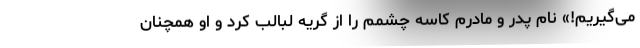
می‌گیریم!» نام پدر و مادرم کاسه چشمم را از گریه لبالب کرد و او همچنان